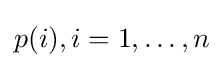
p(i),i=1,\dots ,n